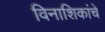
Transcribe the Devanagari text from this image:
विनाशिकांचे